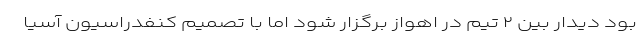
بود دیدار بین ۲ تیم در اهواز برگزار شود اما با تصمیم کنفدراسیون آسیا